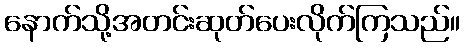
နောက်သို့အတင်းဆုတ်ပေးလိုက်ကြသည်။